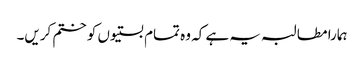
ہمارا مطالبہ یہ ہے کہ وہ تمام بستیوں کو ختم کریں۔